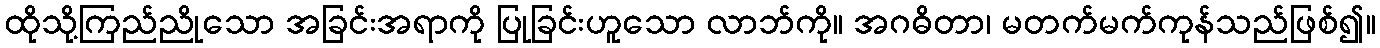
ထိုသို့ကြည်ညိုသော အခြင်းအရာကို ပြုခြင်းဟူသော လာဘ်ကို။ အဂဓိတာ၊ မတက်မက်ကုန်သည်ဖြစ်၍။